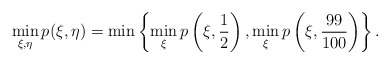
\begin{align*}\min_{\xi, \eta} p(\xi, \eta) = \min\left\{\min_{\xi}p\left(\xi, \frac12\right), \min_{\xi}p\left(\xi, \frac{99}{100}\right)\right\}. \end{align*}